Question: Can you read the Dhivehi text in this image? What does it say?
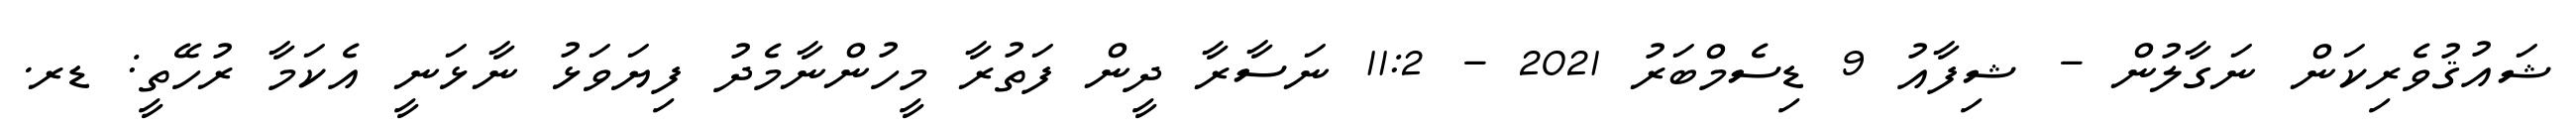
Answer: ޝައުޤުވެރިކަން ނަގާލުން - ޝިފާއު 9 ޑިސެމްބަރު 2021 - 11:2 ނަސާރާ ދީން ފަތުރާ މީހުންނާމެދު ފިޔަވަޅު ނާޅަނީ އެކަމާ ރުހޭތީ: ޑރ.